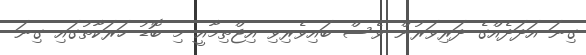
ގިނަ އަދަދެއްގެ ދަރިވަރުން ވެސް ބައިވެރިވި އިޖްތިމާއީ މި ބޮޑު ހަރަކާތުގައި ގިނަ